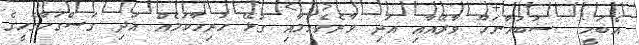
އެބަހީ  ސުބުޙާނަހޫ ވާރޭއާއި އަދި ވާރެވެހުމާއި ގުޅޭ ހުރިހާކަމެއް އަދި ގަސްގަހާގެހީގެ